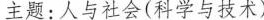
主题: 人与社会(科学与技术)